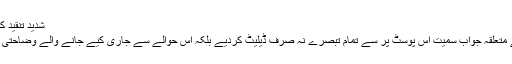
شدید تنقید کے بعد یاسر حسین نے وضاحت جاری کردی
اقراء کی رائے اپنی جگہ لیکن یاسر حسین نے متعلقہ جواب سمیت اس پوسٹ پر سے تمام تبصرے نہ صرف ڈیلیٹ کردیے بلکہ اس حوالے سے جاری کیے جانے والے وضاحتی بیان میں بھی کمنٹس کا آپشن کھلا نہیں رکھا۔